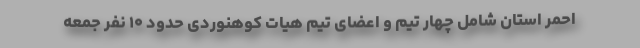
احمر استان شامل چهار تیم و اعضای تیم هیات کوهنوردی حدود ۱۰ نفر جمعه